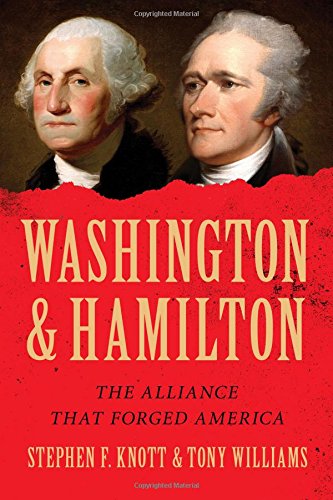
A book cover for Washington and Hamilton: The Alliance That Forged America; Stephen F. Knott; Biographies & Memoirs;